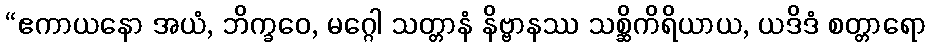
“ဧကာယနော အယံ, ဘိက္ခဝေ, မဂ္ဂေါ သတ္တာနံ နိဗ္ဗာနဿ သစ္ဆိကိရိယာယ, ယဒိဒံ စတ္တာရော